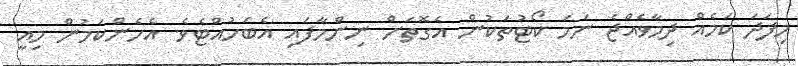
މިފަދަ ކަމެއް ދިމާވެއްޖެ ނަމަ ކޯޓުތަކުން އެގޮތަށް ނިންމާފައި އެބަހުއްޓެވެ. އެހެންކަމުން މިއީ